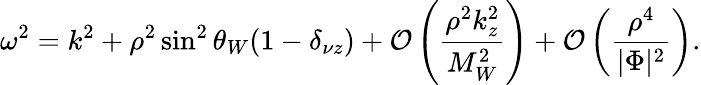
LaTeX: \omega^{2}=k^{2}+\rho^{2}\sin^{2}\theta_{W}(1-\delta_{\nu z})+{\cal O}\left(\frac{\rho^{2}k_{z}^{2}}{M_{W}^{2}}\right)+{\cal O}\left(\frac{\rho^{4}}{|\Phi|^{2}}\right).